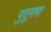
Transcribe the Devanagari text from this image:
पुतुमषा